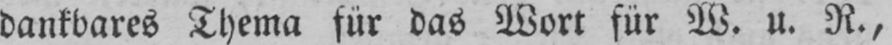
dankbares Thema für das Wort für W. u. R.,